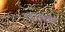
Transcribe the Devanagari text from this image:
फाबर